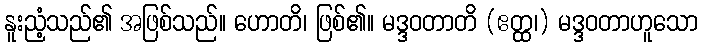
နူးညံ့သည်၏ အဖြစ်သည်။ ဟောတိ၊ ဖြစ်၏။ မဒ္ဒဝတာတိ (ဧတ္ထ၊) မဒ္ဒဝတာဟူသော